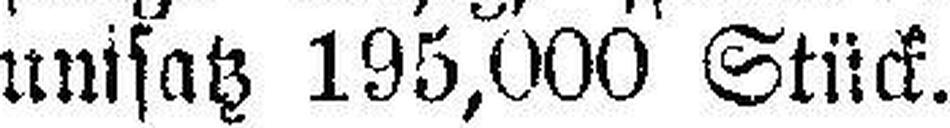
unisatz 195,000 Stück.